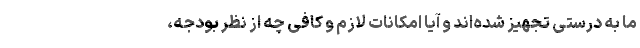
ما به درستی تجهیز شده‌اند و آیا امکانات لازم و کافی چه از نظر بودجه،